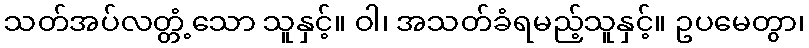
သတ်အပ်လတ္တံ့သော သူနှင့်။ ဝါ၊ အသတ်ခံရမည့်သူနှင့်။ ဥပမေတွာ၊